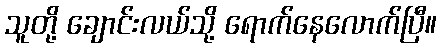
သူတို့ ချောင်းလယ်သို့ ရောက်နေလောက်ပြီ။